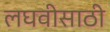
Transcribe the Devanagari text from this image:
लघवीसाठी